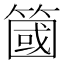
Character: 簂